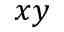
x y